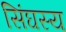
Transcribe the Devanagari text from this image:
सिंघस्य